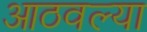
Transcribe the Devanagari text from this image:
आठवल्या